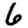
Digit: 6